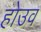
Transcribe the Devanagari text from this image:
होउव